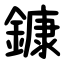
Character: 鏮